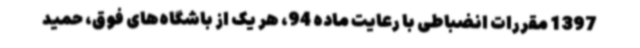
1397 مقررات انضباطی با رعایت ماده 94، هر یک از باشگاه‌های فوق، حمید